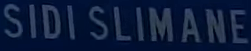
SIDI SLIMANE